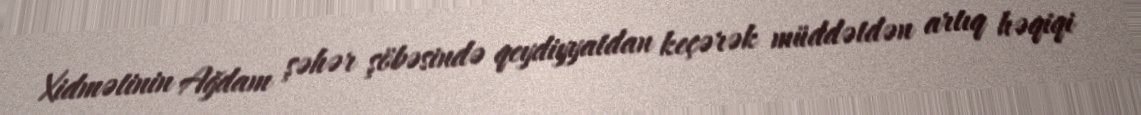
Xidmətinin Ağdam şəhər şöbəsində qeydiyyatdan keçərək müddətdən artıq həqiqi